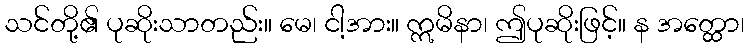
သင်တို့၏ ပုဆိုးသာတည်း။ မေ၊ ငါ့အား။ ဣမိနာ၊ ဤပုဆိုးဖြင့်။ န အတ္ထော၊